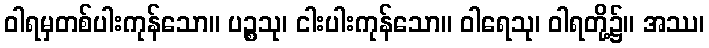
ဝါရမှတစ်ပါးကုန်သော။ ပဉ္စသု၊ ငါးပါးကုန်သော။ ဝါရေသု၊ ဝါရတို့၌။ အဿ၊